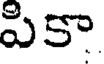
పికా